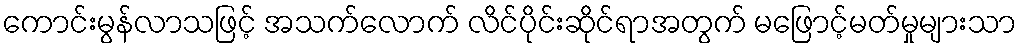
ကောင်းမွန်လာသဖြင့် အသက်လောက် လိင်ပိုင်းဆိုင်ရာအတွက် မဖြောင့်မတ်မှုများသာ